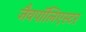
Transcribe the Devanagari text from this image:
जैवपॉलिएस्टर